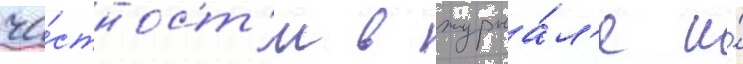
ча́стност'и в журна́л'е и́